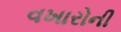
વખારોની